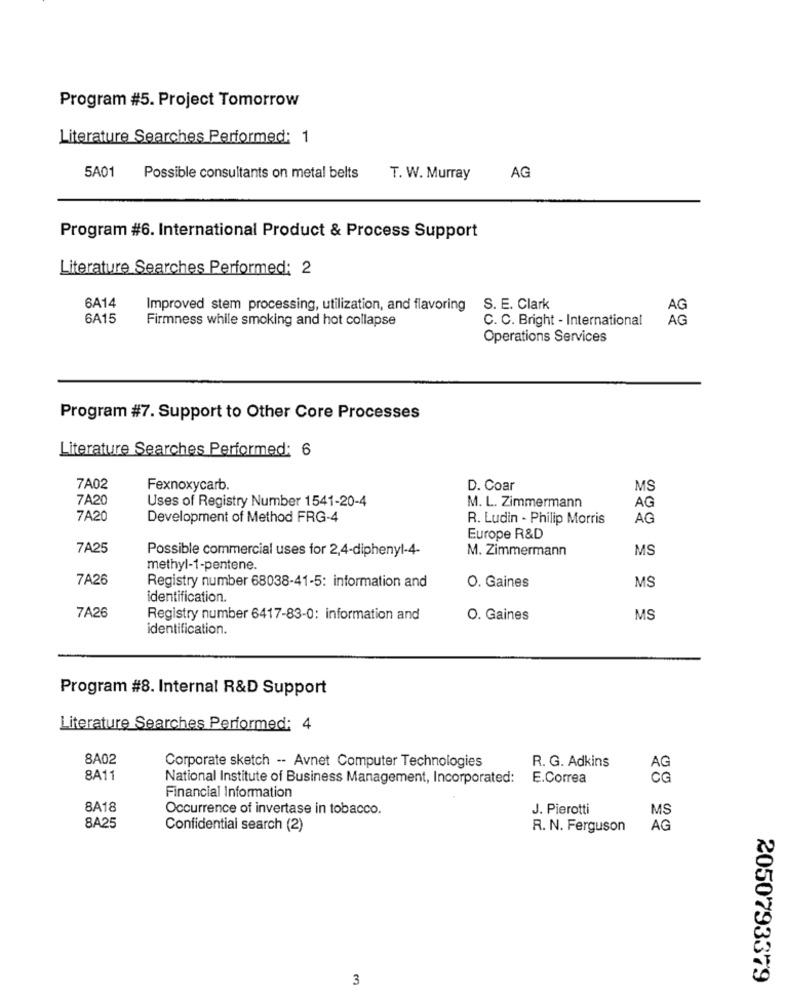
Program #5. Project Tomorrow
Literature Searches Performed: 1
5A01
Possible consultants on metal belts
T. W. Murray
AG
Program #6. International Product & Process Support
Literature Searches Performed: 2
6A14
Improved stem processing, utilization, and flavoring
S. E. Clark
AG
6A15
Firmness while smoking and hot collapse
C. C. Bright - International
AG
Operations Services
Program #7. Support to Other Core Processes
Literature Searches Performed: 6
7A02
Fexnoxycarb.
D. Coar
MS
7A20
Uses of Registry Number 1541-20-4
M. L. Zimmermann
AG
7A20
Development of Method FRG-4
R. Ludin - Philip Morris
AG
Europe R&D
7A25
Possible commercial uses for 2,4-diphenyl-4-
M. Zimmermann
MS
methyl-1-pentene.
7A26
Registry number 68038-41-5: information and
MS
O. Gaines
identification.
7A26
Registry number 6417-83-0: information and
O. Gaines
MS
identification.
Program #8. Internal R&D Support
Literature Searches Performed: 4
8A02
Corporate sketch -- Avnet Computer Technologies
R. G. Adkins
AG
8A11
National Institute of Business Management, Incorporated: E.Correa
CG
Financial Information
8A18
Occurrence of invertase in tobacco.
J. Pierotti
MS
8A25
Confidential search (2)
R. N. Ferguson
AG
3
2050793379